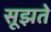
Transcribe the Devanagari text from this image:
सूझते